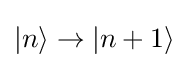
|n\rangle \to |n+1\rangle